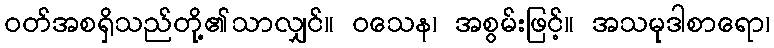
ဝတ်အစရှိသည်တို့၏သာလျှင်။ ဝသေန၊ အစွမ်းဖြင့်။ အသမုဒါစာရော၊